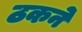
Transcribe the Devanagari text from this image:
ठकने